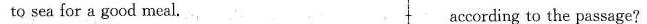
to sea for a good meal. according to the passage?